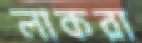
লাকরা